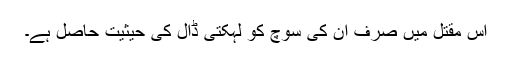
اس مقتل میں صرف ان کی سوچ کو لہکتی ڈال کی حیثیت حاصل ہے۔